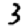
Digit: 3